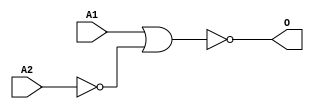
module ANORI2D(A1, A2, O);
input   A1;
input   A2;
output  O;
not g0(w1, A2);
nor g1(O, A1, w1);
endmodule